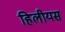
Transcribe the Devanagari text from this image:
हिलीयस